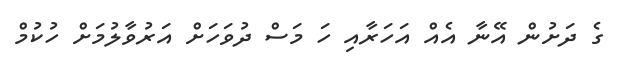
ގެ ދަށުން އޭނާ އެއް އަހަރާއި ހަ މަސް ދުވަހަށް އަރުވާލުމަށް ހުކުމް